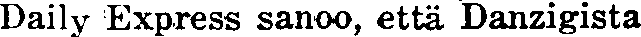
Daily Express sanoo, että Danzigista